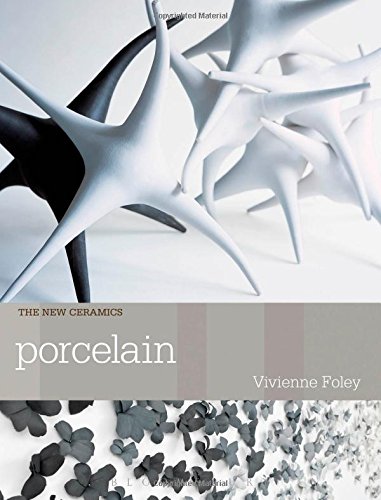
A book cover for Porcelain (New Ceramics); Vivienne Foley; Arts & Photography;